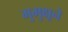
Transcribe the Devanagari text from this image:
मुमुक्षूने